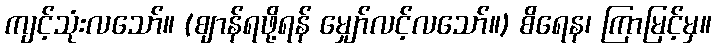
ကျင့်သုံးလသော်။ (ဈာန်ရဖို့ရန် မျှော်လင့်လသော်။) စိရေန၊ ကြာမြင့်မှ။